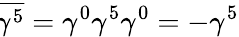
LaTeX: \overline{{\! {\gamma^{5}}}}=\gamma^{0}\gamma^{5}\gamma^{0}=-\gamma^{5}